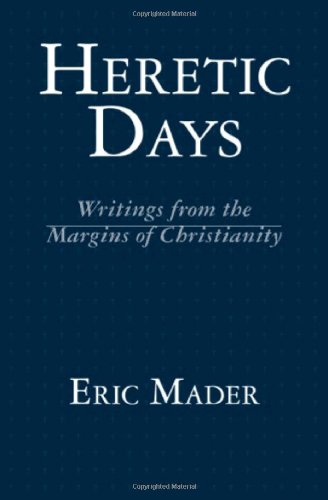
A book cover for Heretic Days: Writings from the Margins of Christianity; Eric Mader; Christian Books & Bibles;